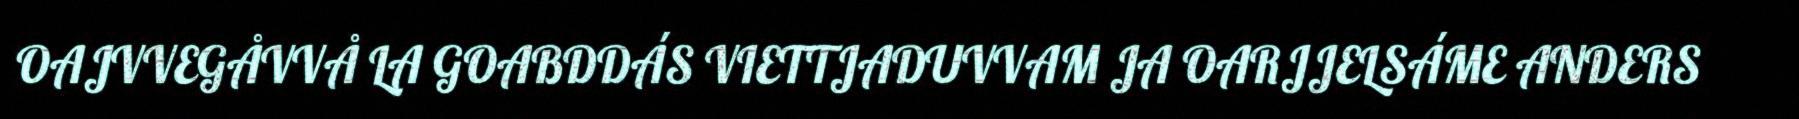
OAJVVEGÅVVÅ LA GOABDDÁS VIETTJADUVVAM JA OARJJELSÁME ANDERS